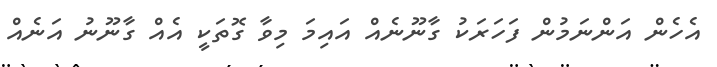
އެހެން އަންނަމުން ފަހަރަކު ގާނޫނެއް އައިމަ މިވާ ގޮތަކީ އެއް ގާނޫނު އަނެއް